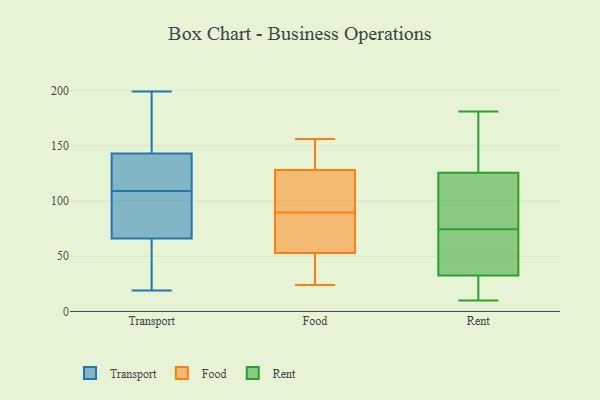
{"axis": {"x": "Net Income (USD K)", "y": "Value"}, "legend": ["Food", "Rent", "Transport"], "data": [{"x": "", "y": 103, "type": "Transport"}, {"x": "", "y": 125, "type": "Transport"}, {"x": "", "y": 88, "type": "Transport"}, {"x": "", "y": 170, "type": "Transport"}, {"x": "", "y": 19, "type": "Transport"}, {"x": "", "y": 199, "type": "Transport"}, {"x": "", "y": 42, "type": "Transport"}, {"x": "", "y": 115, "type": "Transport"}, {"x": "", "y": 143, "type": "Transport"}, {"x": "", "y": 66, "type": "Transport"}, {"x": "", "y": 128, "type": "Food"}, {"x": "", "y": 153, "type": "Food"}, {"x": "", "y": 53, "type": "Food"}, {"x": "", "y": 91, "type": "Food"}, {"x": "", "y": 24, "type": "Food"}, {"x": "", "y": 88, "type": "Food"}, {"x": "", "y": 71, "type": "Food"}, {"x": "", "y": 156, "type": "Food"}, {"x": "", "y": 38, "type": "Food"}, {"x": "", "y": 128, "type": "Food"}, {"x": "", "y": 107, "type": "Rent"}, {"x": "", "y": 28, "type": "Rent"}, {"x": "", "y": 37, "type": "Rent"}, {"x": "", "y": 107, "type": "Rent"}, {"x": "", "y": 10, "type": "Rent"}, {"x": "", "y": 70, "type": "Rent"}, {"x": "", "y": 181, "type": "Rent"}, {"x": "", "y": 79, "type": "Rent"}, {"x": "", "y": 25, "type": "Rent"}, {"x": "", "y": 56, "type": "Rent"}, {"x": "", "y": 144, "type": "Rent"}, {"x": "", "y": 169, "type": "Rent"}, {"x": "", "y": 48, "type": "Rent"}, {"x": "", "y": 82, "type": "Rent"}, {"x": "", "y": 14, "type": "Rent"}, {"x": "", "y": 165, "type": "Rent"}]}